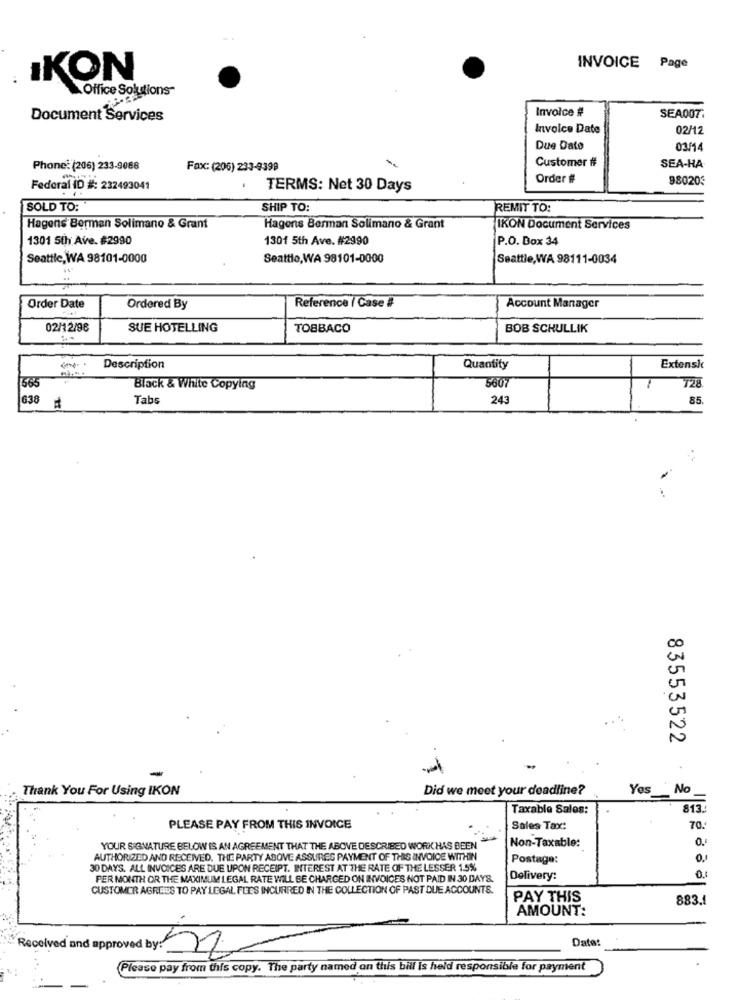
INVOICE Page
IKON
Office Solutions-
Invoice #
Document Services
SEADOT.
Invoice Date
02/12
Due Date
03/14
Customer #
Phone: (206) 233-9088
Fax: (206) 233-9399
SEA-HA
Order #
980203
Federal ID #: 232493041
.
TERMS: Net 30 Days
SOLD TO:"
SHIP TO:
REMIT TO:
Hagens Berman Solimano & Grant
Hagens Berman Solimano & Grant
IKON Document Services
1301 5th Ave. #2990
1301 5th Ave. #2990
P.O. Dox 34
Seattle, WA 98101-0000
Seattle,WA 98101-0000
Seattle,WA 98111-0034
Reference ( Case #
Order Date
Ordered By
Account Manager
02/12/98
SUE HOTELLING
TOBBACO
BOB SCHULLIK
Description
Quantity
Extensie
728
665
Black & White Copying
560
Tabs
243
85
638
83553522
-
Thank You For Using IKON
Did we meet your deadline?
Yes
No
Taxable Sales:
813
PLEASE PAY FROM THIS INVOICE
Sales Tax:
70.
YOUR SIGNATURE BELOW IS AN AGREEMENT THAT THE ABOVE DESCRIBED WORK HAS BEEN
Non-Taxable:
AUTHORIZED AND RECEIVED. THE PARTY ABOVE ASSURES PAYMENT OF THIS INVOICE WITHIN
Postage:
30 DAYS. ALL INVOICES ARE DUE UPON RECEIPT. INTEREST AT THE RATE OF THE LESSER 1.5%
0
PER MONTH OR THE MAXIMUM LEGAL RATE WILL BE CHARGED ON INVOICES NOT PAID IN 30 DAYS.
Delivery:
CUSTOMER AGREES TO PAY LEGAL FEES INCURRED IN THE COLLECTION OF PAST DUE ACCOUNTS.
PAY THIS
883.1
AMOUNT:
Date:
Received and approved by: 22
Please pay from this copy. The party named on this bill is held responsible for payment